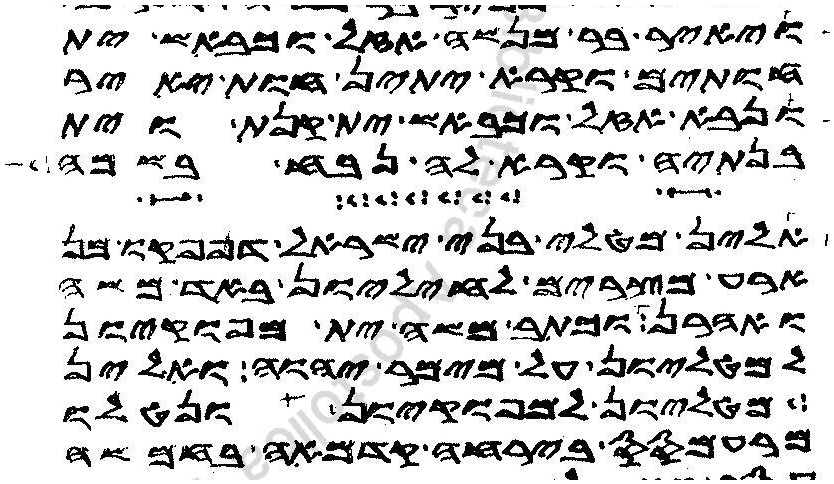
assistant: ויאיר בר מנשה אזל וכבש ית
חותים וקרא יתין חות יאיר
ונבא אזל וכבאש ית קנת וית
בנתיה וקרא לה נבח בשמה
אלין מטלי בני ישראל דפנפקו מן
ארע מצרים לחיליון באד משה
ואהרן וכתב משה ית מפוקיון
למטליון על מימר יהוה ואלין
מטליון למפוקיון ונטלו
מרעמסס בירחה קדמאה בחמשה